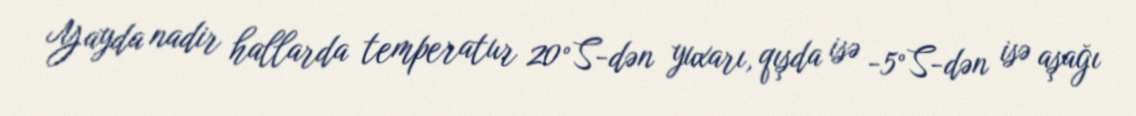
Yayda nadir hallarda temperatur 20°S-dən yuxarı, qışda isə -5°S-dən isə aşağı